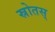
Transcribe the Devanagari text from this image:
स्रोतस्